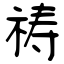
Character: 祷